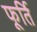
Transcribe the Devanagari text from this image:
फूर्ति